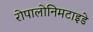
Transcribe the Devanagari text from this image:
रोपालोनिमटाइडे